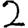
Digit: 2